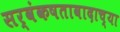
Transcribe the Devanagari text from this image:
सर्वंकषतावादाच्या